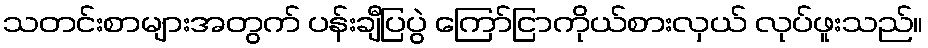
သတင်းစာများအတွက် ပန်းချီပြပွဲ ကြော်ငြာကိုယ်စားလှယ် လုပ်ဖူးသည်။